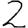
Digit: 2